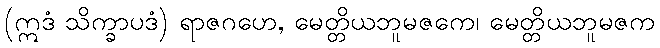
(ဣဒံ သိက္ခာပဒံ) ရာဇဂဟေ, မေတ္တိယဘူမဇကေ၊ မေတ္တိယဘူမဇက